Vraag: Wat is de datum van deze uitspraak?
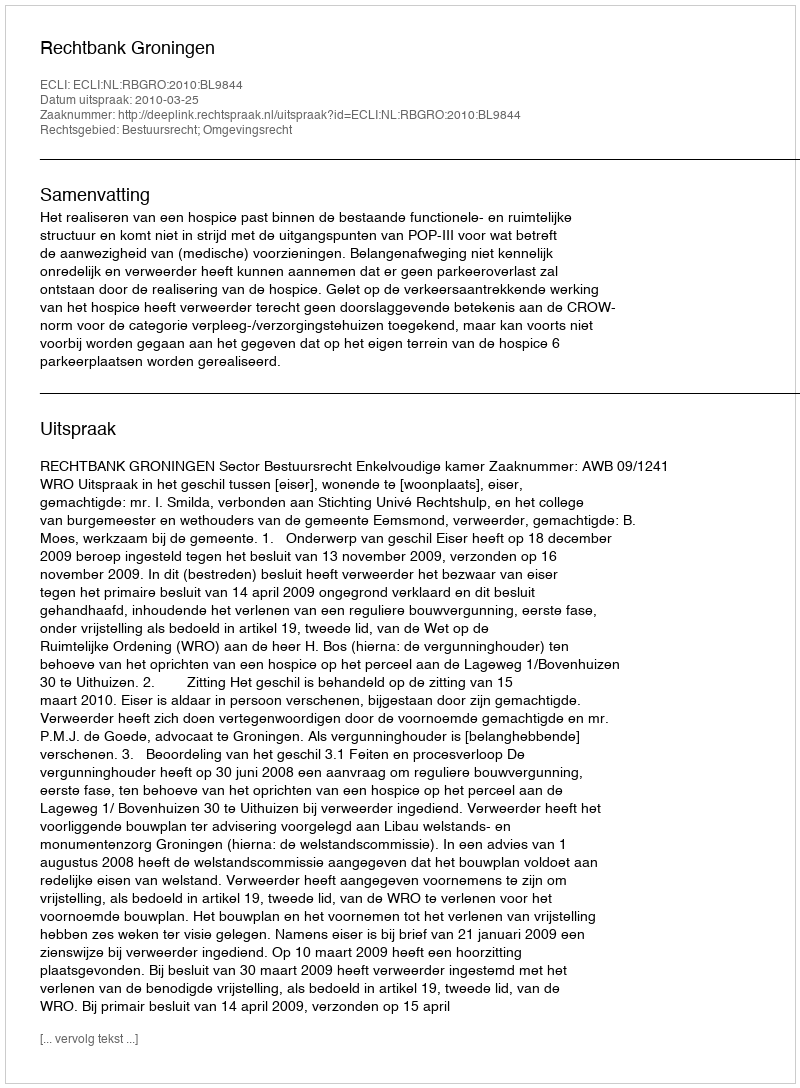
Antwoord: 2010-03-25